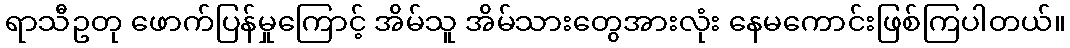
ရာသီဥတု ဖောက်ပြန်မှုကြောင့် အိမ်သူ အိမ်သားတွေအားလုံး နေမကောင်းဖြစ်ကြပါတယ်။